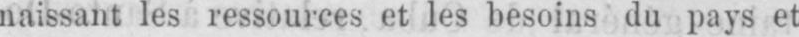
naissant les ressources et les besoins du pays et